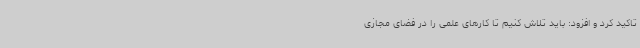
تاکید کرد و افزود: باید تلاش کنیم تا کارهای علمی را در فضای مجازی